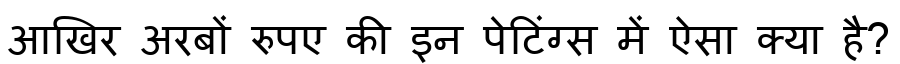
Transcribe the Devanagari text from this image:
आखिर अरबों रुपए की इन पेटिंग्स में ऐसा क्या है?